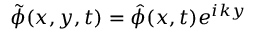
\tilde { \phi } ( x , y , t ) = \hat { \phi } ( x , t ) e ^ { i k y }